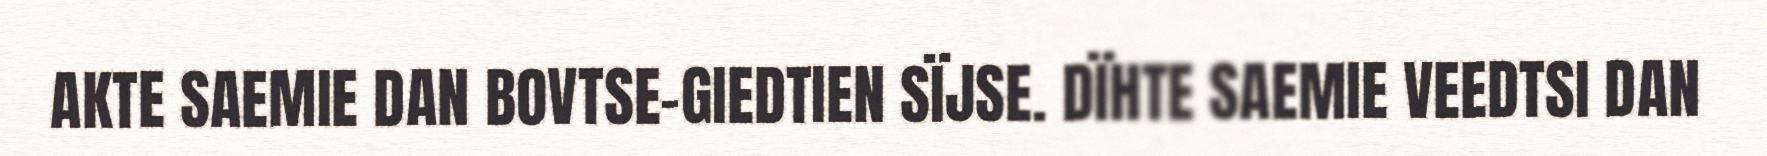
AKTE SAEMIE DAN BOVTSE-GIEDTIEN SÏJSE. DÏHTE SAEMIE VEEDTSI DAN